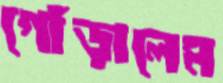
গোঁড়ালেম